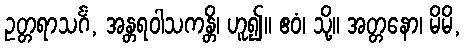
ဥတ္တရာသင်္ဂံ, အန္တရဝါသကန္တိ၊ ဟူ၍။ ဧဝံ၊ သို့။ အတ္တနော၊ မိမိ,